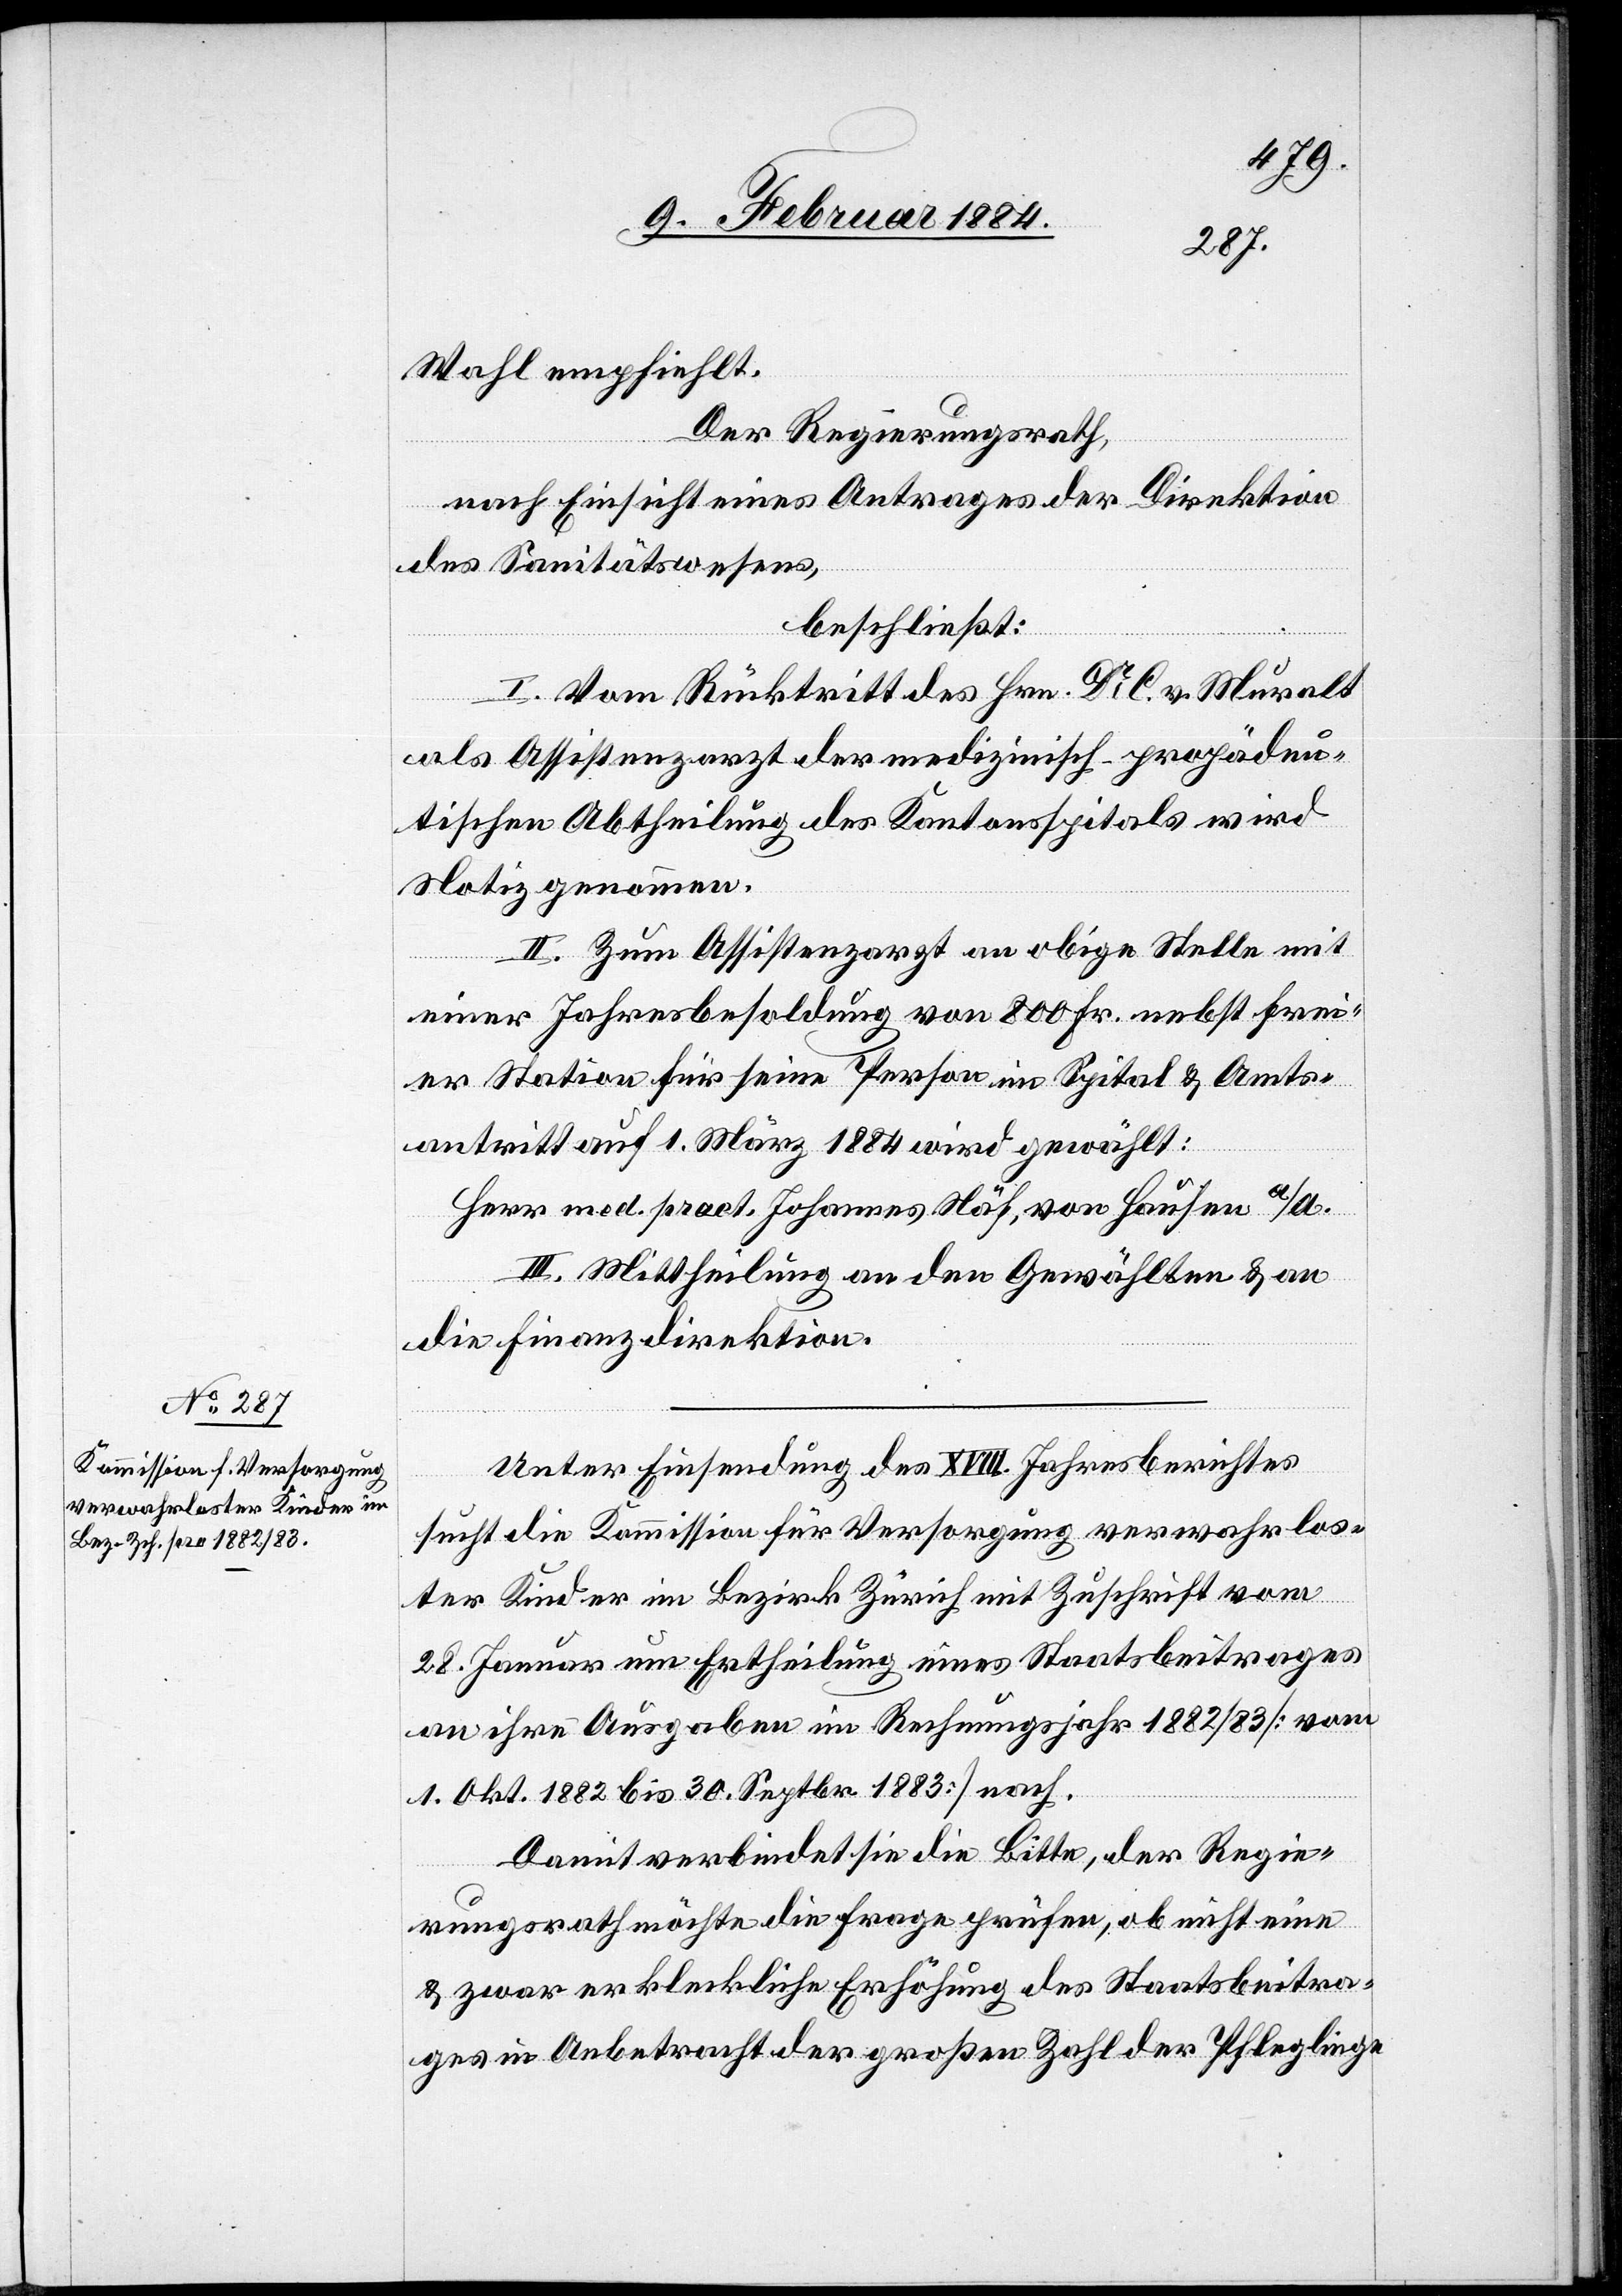
Wahl empfiehlt.
Der Regierungsrath,
nach Einsicht eines Antrages der Direktion
des Sanitätswesens,
beschließt:
I. Vom Rücktritt des Hrn. Dr C. von Muralt
als Assistenzarzt der medizinischen propädeu¬
tischen Abtheilung des Kantonsspitals wird
Notiz genommen.
II. Zum Assistenzarzt an obige Stelle mit
einer Jahresbesoldung von 800 Fr. nebst frei¬
er Station für seine Person im Spital & Amts¬
antritt auf 1. März 1884 wird gewählt:
Herr med. pract. Johannes Näf, von Hausen a./A.
III. Mittheilung an den Gewählten & an
die Finanzdirektion.